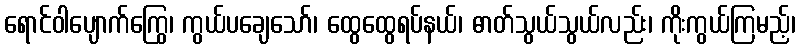
ရောင်ဝါပျောက်ကြွေ၊ ကွယ်ပချေသော်၊ ထွေထွေရပ်နယ်၊ ဓာတ်သွယ်သွယ်လည်း၊ ကိုးကွယ်ကြမည့်၊